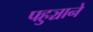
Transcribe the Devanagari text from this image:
पहुञ्चाने